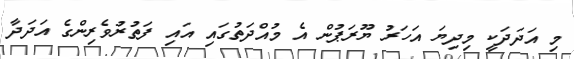
މި އަދަދަކީ މިދިޔަ އަހަރު ޔޫރަޕުން އެ މުއްދަތުގައި އައި ފަތުރުވެރިންގެ އަދަދާ